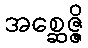
အစ္ဆေဇ္ဇိ